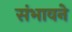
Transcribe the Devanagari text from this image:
संभावने